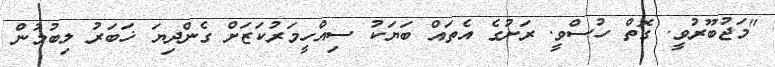
"މަޖުބޫރުވީ. ގޮތް ހުސްވީ. ރަށުގެ އެތައް ބަޔަކު ސިއްހީމަރުކަޒަށް ގެންދިޔަ ޚަބަރު ލިބުމުން